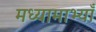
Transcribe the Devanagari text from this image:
मध्यामाभ्याँ